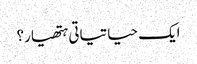
ایک حیاتیاتی ہتھیار؟